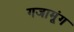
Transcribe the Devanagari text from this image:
गजामूंग